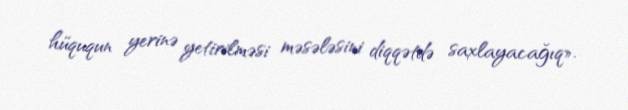
hüququn yerinə yetirilməsi məsələsini diqqətdə saxlayacağıq».